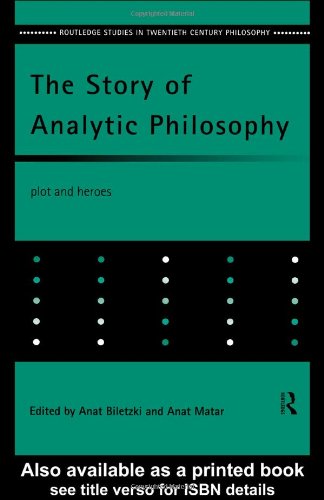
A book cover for The Story of Analytic Philosophy: Plot and Heroes (Routledge Studies in Twentieth-Century Philosophy); Politics & Social Sciences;